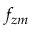
f _ { z m }